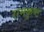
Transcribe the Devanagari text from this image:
रामकृष्ट